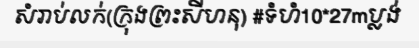
សំរាប់លក់(ក្រុងព្រះសីហនុ) #ទំហំ10*27mប្លង់